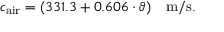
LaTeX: c _ { \mathrm { a i r } } = ( 3 3 1 . 3 + 0 . 6 0 6 \cdot \vartheta ) ~ ~ ~ \mathrm { m / s } .